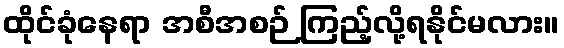
ထိုင်ခုံနေရာ အစီအစဉ် ကြည့်လို့ရနိုင်မလား။